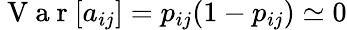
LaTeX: \mathrm{~V~a~r~}[a_{ij}]=p_{ij}(1-p_{ij})\simeq 0